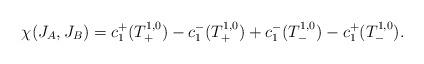
LaTeX: \begin{align*}\chi(J_A,J_B) = c^+_1(T^{1,0}_+) - c^-_1(T^{1,0}_{+}) +c_1^-(T^{1,0}_{-}) - c_1^+(T^{1,0}_{-}).\end{align*}